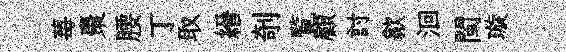
莓棗腰丁取縉剞覧顧討歙洄閩璇